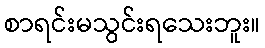
စာရင်းမသွင်းရသေးဘူး။